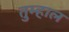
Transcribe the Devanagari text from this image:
तुम्हाल